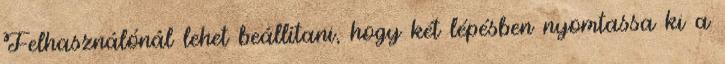
Felhasználónál lehet beállítani, hogy két lépésben nyomtassa ki a